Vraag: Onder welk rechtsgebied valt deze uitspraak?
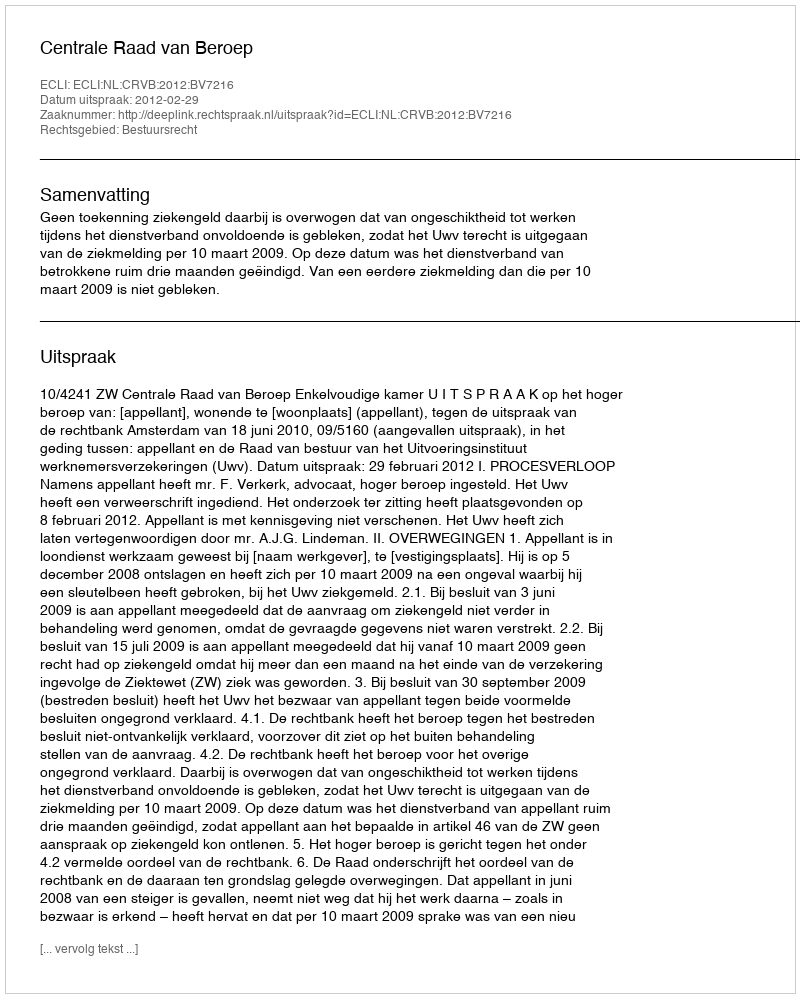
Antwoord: Bestuursrecht